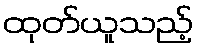
ထုတ်ယူသည့်